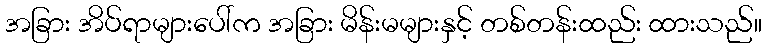
အခြား အိပ်ရာများပေါ်က အခြား မိန်းမများနှင့် တစ်တန်းထည်း ထားသည်။